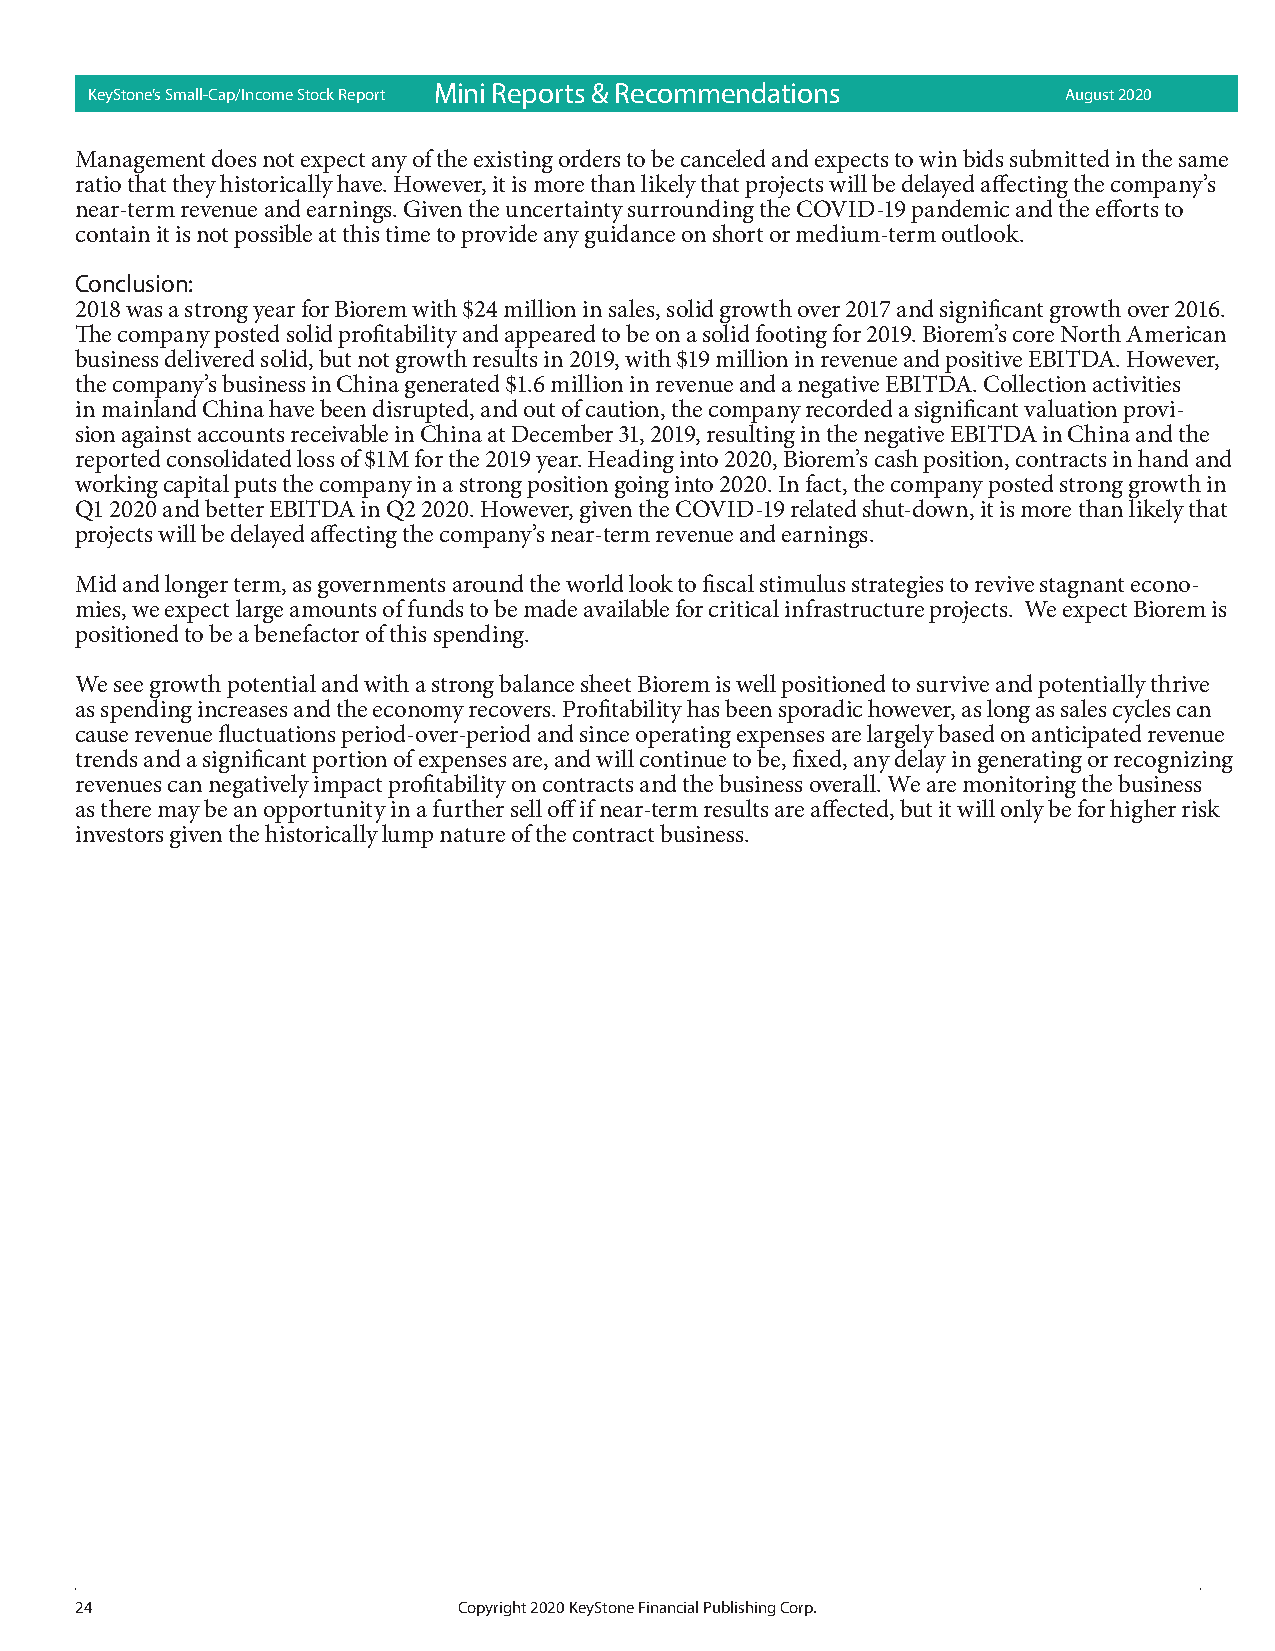
KeyStone’s Small-Cap/Income Stock Report Mi ni Rep orts & Recom mend ations August 2020
 Management does not expect any of the existing orders to be canceled and expects to win bids submitted in the same
 ratio that they historically have. However, it is more than likely that projects will be delayed affecting the company’s
 near-term revenue and earnings. Given the uncertainty surrounding the COVID-19 pandemic and the efforts to
 contain it is not possible at this time to provide any guidance on short or medium-term outlook.
 Conclusion:
 2018 was a strong year for Biorem with $24 million in sales, solid growth over 2017 and significant growth over 2016.
 The company posted solid profitability and appeared to be on a solid footing for 2019. Biorem’s core North American
 business delivered solid, but not growth results in 2019, with $19 million in revenue and positive EBITDA. However,
 the company’s business in China generated $1.6 million in revenue and a negative EBITDA. Collection activities
 in mainland China have been disrupted, and out of caution, the company recorded a significant valuation provi-
 sion against accounts receivable in China at December 31, 2019, resulting in the negative EBITDA in China and the
 reported consolidated loss of $1M for the 2019 year. Heading into 2020, Biorem’s cash position, contracts in hand and
 working capital puts the company in a strong position going into 2020. In fact, the company posted strong growth in
 Q1 2020 and better EBITDA in Q2 2020. However, given the COVID-19 related shut-down, it is more than likely that
 projects will be delayed affecting the company’s near-term revenue and earnings.
 Mid and longer term, as governments around the world look to fiscal stimulus strategies to revive stagnant econo-
 mies, we expect large amounts of funds to be made available for critical infrastructure projects. We expect Biorem is
 positioned to be a benefactor of this spending.
 We see growth potential and with a strong balance sheet Biorem is well positioned to survive and potentially thrive
 as spending increases and the economy recovers. Profitability has been sporadic however, as long as sales cycles can
 cause revenue fluctuations period-over-period and since operating expenses are largely based on anticipated revenue
 trends and a significant portion of expenses are, and will continue to be, fixed, any delay in generating or recognizing
 revenues can negatively impact profitability on contracts and the business overall. We are monitoring the business
 as there may be an opportunity in a further sell off if near-term results are affected, but it will only be for higher risk
 investors given the historically lump nature of the contract business.
 24                       Copyright 2020 KeyStone Financial Publishing Corp.